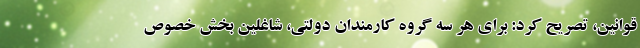
قوانین، تصریح کرد: برای هر سه گروه کارمندان دولتی، شاغلین بخش خصوص